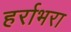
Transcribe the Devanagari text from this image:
हर्राभरा